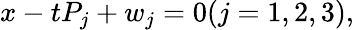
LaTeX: x-tP_{j}+w_{j}=0(j=1,2,3),